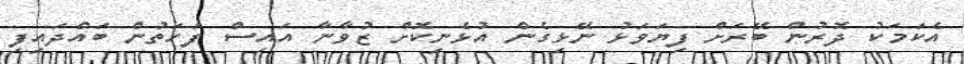
އެކަމަކު ދޮރުން ބޭރަށް ފިޔަވަޅު ނޭޅިގެން އުޅެނިކޮށް ޒުވާނާ އައިސް ފަހަތުން ބައްދައިފި